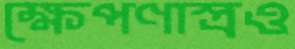
ক্ষেপণাস্ত্রও